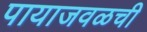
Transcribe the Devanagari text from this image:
पायाजवळची